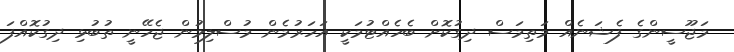
މަޖޫސީންގެ ފެޝަނެއް މަތިމަސް ދިގުކޮށް ބެހެއްޓުމަކީ އަހަރުމެން މުސްލިމުން ޖެހޭނީ ތުބުޅި ދިގުކޮއްފަ